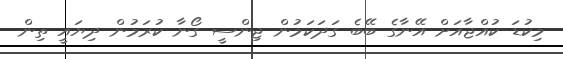
މިކުޑަ ކުއްޖާއަށް އޭނާގެ ބޭބެ ގަދަކަމުން ޖިންސީ ގޯނާ ކުރަމުން ދިޔައީ ތިން